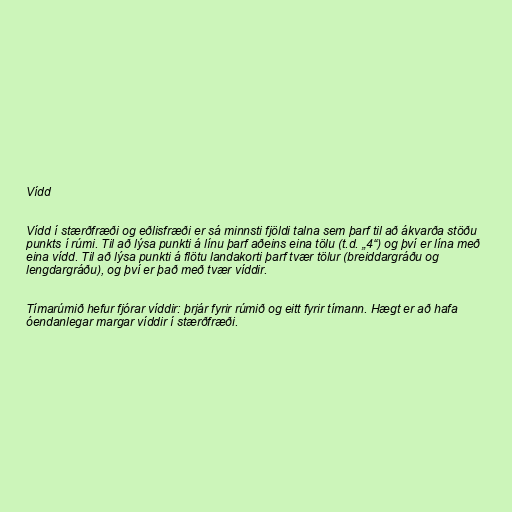
Vídd

Vídd í stærðfræði og eðlisfræði er sá minnsti fjöldi talna sem þarf til að ákvarða stöðu
punkts í rúmi. Til að lýsa punkti á línu þarf aðeins eina tölu (t.d. „4“) og því er lína með
eina vídd. Til að lýsa punkti á flötu landakorti þarf tvær tölur (breiddargráðu og
lengdargráðu), og því er það með tvær víddir.

Tímarúmið hefur fjórar víddir: þrjár fyrir rúmið og eitt fyrir tímann. Hægt er að hafa
óendanlegar margar víddir í stærðfræði.